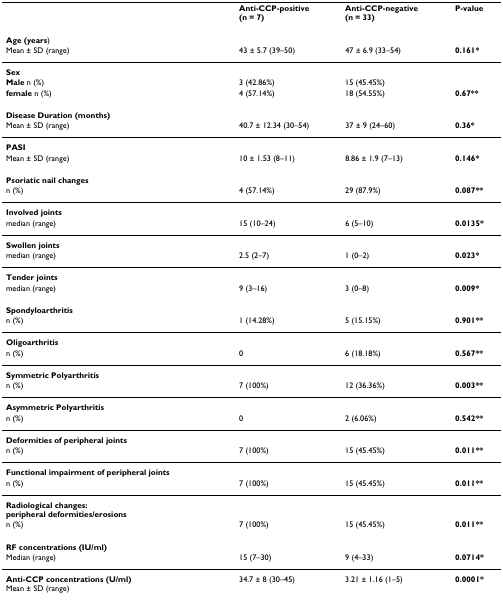
<table><thead><tr><td></td><td><b>Anti-CCP-positive(n = 7)</b></td><td><b>Anti-CCP-negative(n = 33)</b></td><td><b>P-value</b></td></tr></thead><tbody><tr><td><b>Age (years</b>)</td><td></td><td></td><td></td></tr><tr><td>Mean ± SD (range)</td><td>43 ± 5.7 (39–50)</td><td>47 ± 6.9 (33–54)</td><td><b>0.161*</b></td></tr><tr><td><b>Sex</b></td><td></td><td></td><td></td></tr><tr><td><b>Male </b>n (%)</td><td>3 (42.86%)</td><td>15 (45.45%)</td><td></td></tr><tr><td><b>female </b>n (%)</td><td>4 (57.14%)</td><td>18 (54.55%)</td><td><b>0.67**</b></td></tr><tr><td><b>Disease Duration (months)</b></td><td></td><td></td><td></td></tr><tr><td>Mean ± SD (range)</td><td>40.7 ± 12.34 (30–54)</td><td>37 ± 9 (24–60)</td><td><b>0.36*</b></td></tr><tr><td><b>PASI</b></td><td></td><td></td><td></td></tr><tr><td>Mean ± SD (range)</td><td>10 ± 1.53 (8–11)</td><td>8.86 ± 1.9 (7–13)</td><td><b>0.146*</b></td></tr><tr><td><b>Psoriatic nail changes</b></td><td></td><td></td><td></td></tr><tr><td>n (%)</td><td>4 (57.14%)</td><td>29 (87.9%)</td><td><b>0.087**</b></td></tr><tr><td><b>Involved joints</b></td><td></td><td></td><td></td></tr><tr><td>median (range)</td><td>15 (10–24)</td><td>6 (5–10)</td><td><b>0.0135*</b></td></tr><tr><td><b>Swollen joints</b></td><td></td><td></td><td></td></tr><tr><td>median (range)</td><td>2.5 (2–7)</td><td>1 (0–2)</td><td><b>0.023*</b></td></tr><tr><td><b>Tender joints</b></td><td></td><td></td><td></td></tr><tr><td>median (range)</td><td>9 (3–16)</td><td>3 (0–8)</td><td><b>0.009*</b></td></tr><tr><td><b>Spondyloarthritis</b></td><td></td><td></td><td></td></tr><tr><td>n (%)</td><td>1 (14.28%)</td><td>5 (15.15%)</td><td><b>0.901**</b></td></tr><tr><td><b>Oligoarthritis</b></td><td></td><td></td><td></td></tr><tr><td>n (%)</td><td>0</td><td>6 (18.18%)</td><td><b>0.567**</b></td></tr><tr><td><b>Symmetric Polyarthritis</b></td><td></td><td></td><td></td></tr><tr><td>n (%)</td><td>7 (100%)</td><td>12 (36.36%)</td><td><b>0.003**</b></td></tr><tr><td><b>Asymmetric Polyarthritis</b></td><td></td><td></td><td></td></tr><tr><td>n (%)</td><td>0</td><td>2 (6.06%)</td><td><b>0.542**</b></td></tr><tr><td><b>Deformities of peripheral joints</b></td><td></td><td></td><td></td></tr><tr><td>n (%)</td><td>7 (100%)</td><td>15 (45.45%)</td><td><b>0.011**</b></td></tr><tr><td><b>Functional impairment of peripheral joints</b></td><td></td><td></td><td></td></tr><tr><td>n (%)</td><td>7 (100%)</td><td>15 (45.45%)</td><td><b>0.011**</b></td></tr><tr><td><b>Radiological changes:</b><b>peripheral deformities/erosions</b></td><td></td><td></td><td></td></tr><tr><td>n (%)</td><td>7 (100%)</td><td>15 (45.45%)</td><td><b>0.011**</b></td></tr><tr><td><b>RF concentrations (IU/ml)</b></td><td></td><td></td><td></td></tr><tr><td>Median (range)</td><td>15 (7–30)</td><td>9 (4–33)</td><td><b>0.0714*</b></td></tr><tr><td><b>Anti-CCP concentrations (U/ml)</b>Mean ± SD (range)</td><td>34.7 ± 8 (30–45)</td><td>3.21 ± 1.16 (1–5)</td><td><b>0.0001*</b></td></tr></tbody></table>